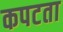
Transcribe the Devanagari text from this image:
कपटता